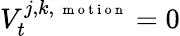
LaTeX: V_{t}^{j,k,{\mathrm{~\scriptsize~m~o~t~i~o~n~}}}=0